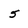
Character: 5